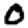
Digit: 0